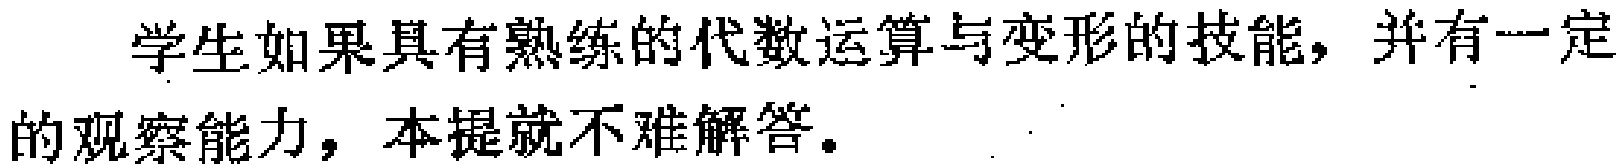
学生如果具有熟练的代数运算与变形的技能，并有一定的观察能力，本提就不难解答。